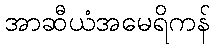
အာဆီယံအမေရိကန်